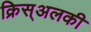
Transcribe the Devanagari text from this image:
क्रिस्अलकी